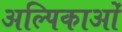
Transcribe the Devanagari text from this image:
अल्पिकाओं